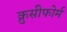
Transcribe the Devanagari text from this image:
क्रुसीफोर्म